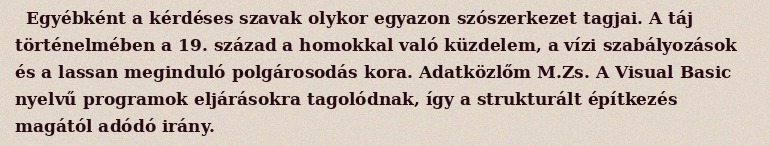
Egyébként a kérdéses szavak olykor egyazon szószerkezet tagjai. A táj történelmében a 19. század a homokkal való küzdelem, a vízi szabályozások és a lassan meginduló polgárosodás kora. Adatközlőm M.Zs. A Visual Basic nyelvű programok eljárásokra tagolódnak, így a strukturált építkezés magától adódó irány.